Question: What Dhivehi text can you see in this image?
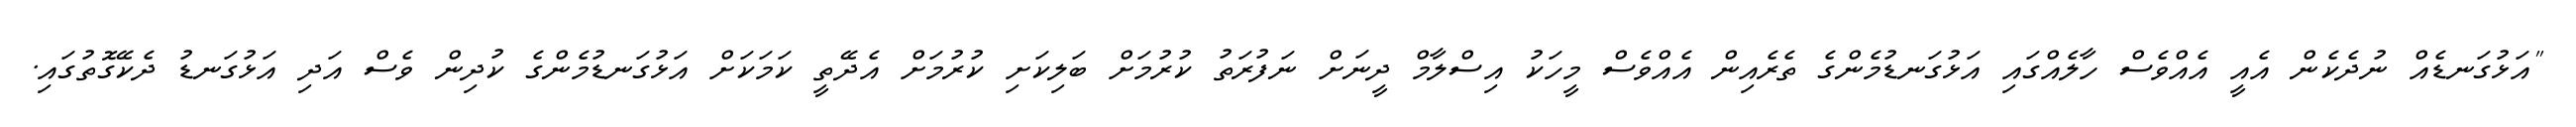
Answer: "އަޅުގަނޑެއް ނުދެކެން އެއީ އެއްވެސް ހާލެއްގައި އަޅުގަނޑުމެންގެ ތެރެއިން އެއްވެސް މީހަކު އިސްލާމް ދީނަށް ނަފުރަތު ކުރުމަށް ބަލިކަށި ކުރުމަށް އެދޭތީ ކަމަކަށް އަޅުގަނޑުމެންގެ ކުދިން ވެސް އަދި އަޅުގަނޑު ދެކޭގޮތުގައި.